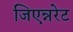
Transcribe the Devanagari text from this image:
जिएन्नरेट